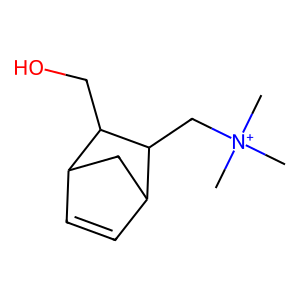
SMILES: C[N+](C)(C)CC1C2C=CC(C2)C1CO
Inhibits HIV replication: No